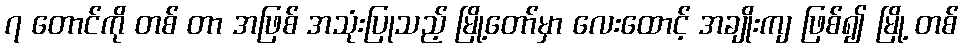
၇ တောင်ကို တစ် တာ အဖြစ် အသုံးပြုသည့် မြို့တော်မှာ လေးထောင့် အချိုးကျ ဖြစ်၍ မြို့ တစ်